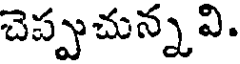
చెప్పుచున్నవి.